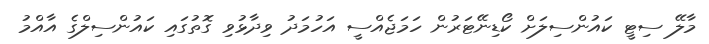
މާލޭ ސިޓީ ކައުންސިލަށް ކޯޑިނޭޓަރުން ހަމަޖެއްސީ އަހުމަދު ވިދާޅުވި ގޮތުގައި ކައުންސިލްގެ އާއްމު